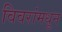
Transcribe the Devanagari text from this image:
विवरांमधून